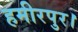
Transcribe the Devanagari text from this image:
हमीरपुर।